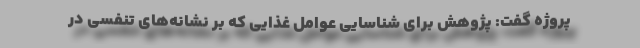
پروژه گفت: پژوهش برای شناسایی عوامل غذایی که بر نشانه‌های تنفسی در